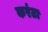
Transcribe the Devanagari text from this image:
करंटा